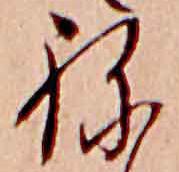
ね